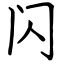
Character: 闪